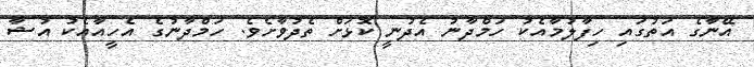
އޭނާގެ އަތުގައި ހިފާލުމާއެކު ހަމްދާނު އެދުނީ ކޮޅަށް ތެދުވާށެވެ. ހަމްދާނުގެ އެހީއާއެކު އުޝާ